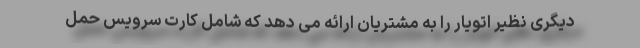
دیگری نظیر اتویار را به مشتریان ارائه می دهد که شامل کارت سرویس حمل